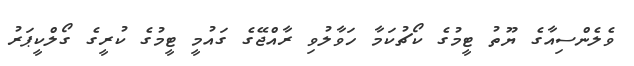
ވެލެންސިއާގެ ޔޫތު ޓީމުގެ ކޯޗުކަމާ ހަވާލުވި ރާއްޖޭގެ ގައުމީ ޓީމުގެ ކުރީގެ ގޯލްކީޕަރު